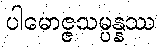
ပါမောဇ္ဇသမ္ပန္နဿ